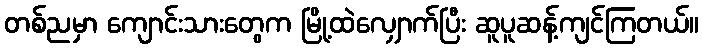
တစ်ညမှာ ကျောင်းသားတွေက မြို့ထဲလျှောက်ပြီး ဆူပူဆန့်ကျင်ကြတယ်။